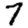
Digit: 7